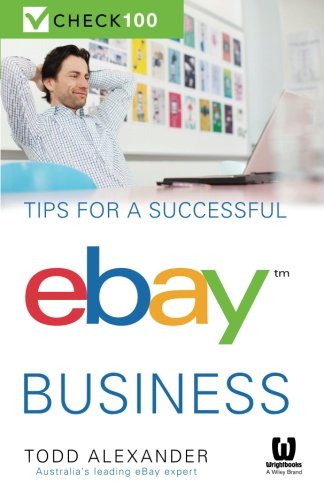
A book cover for Tips For A Successful Ebay Business: Check 100; Todd Alexander; Computers & Technology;